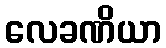
လေခဏိယာ